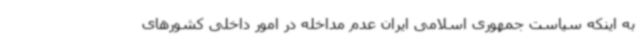
به اینکه سیاست جمهوری اسلامی ایران عدم مداخله در امور داخلی کشورهای